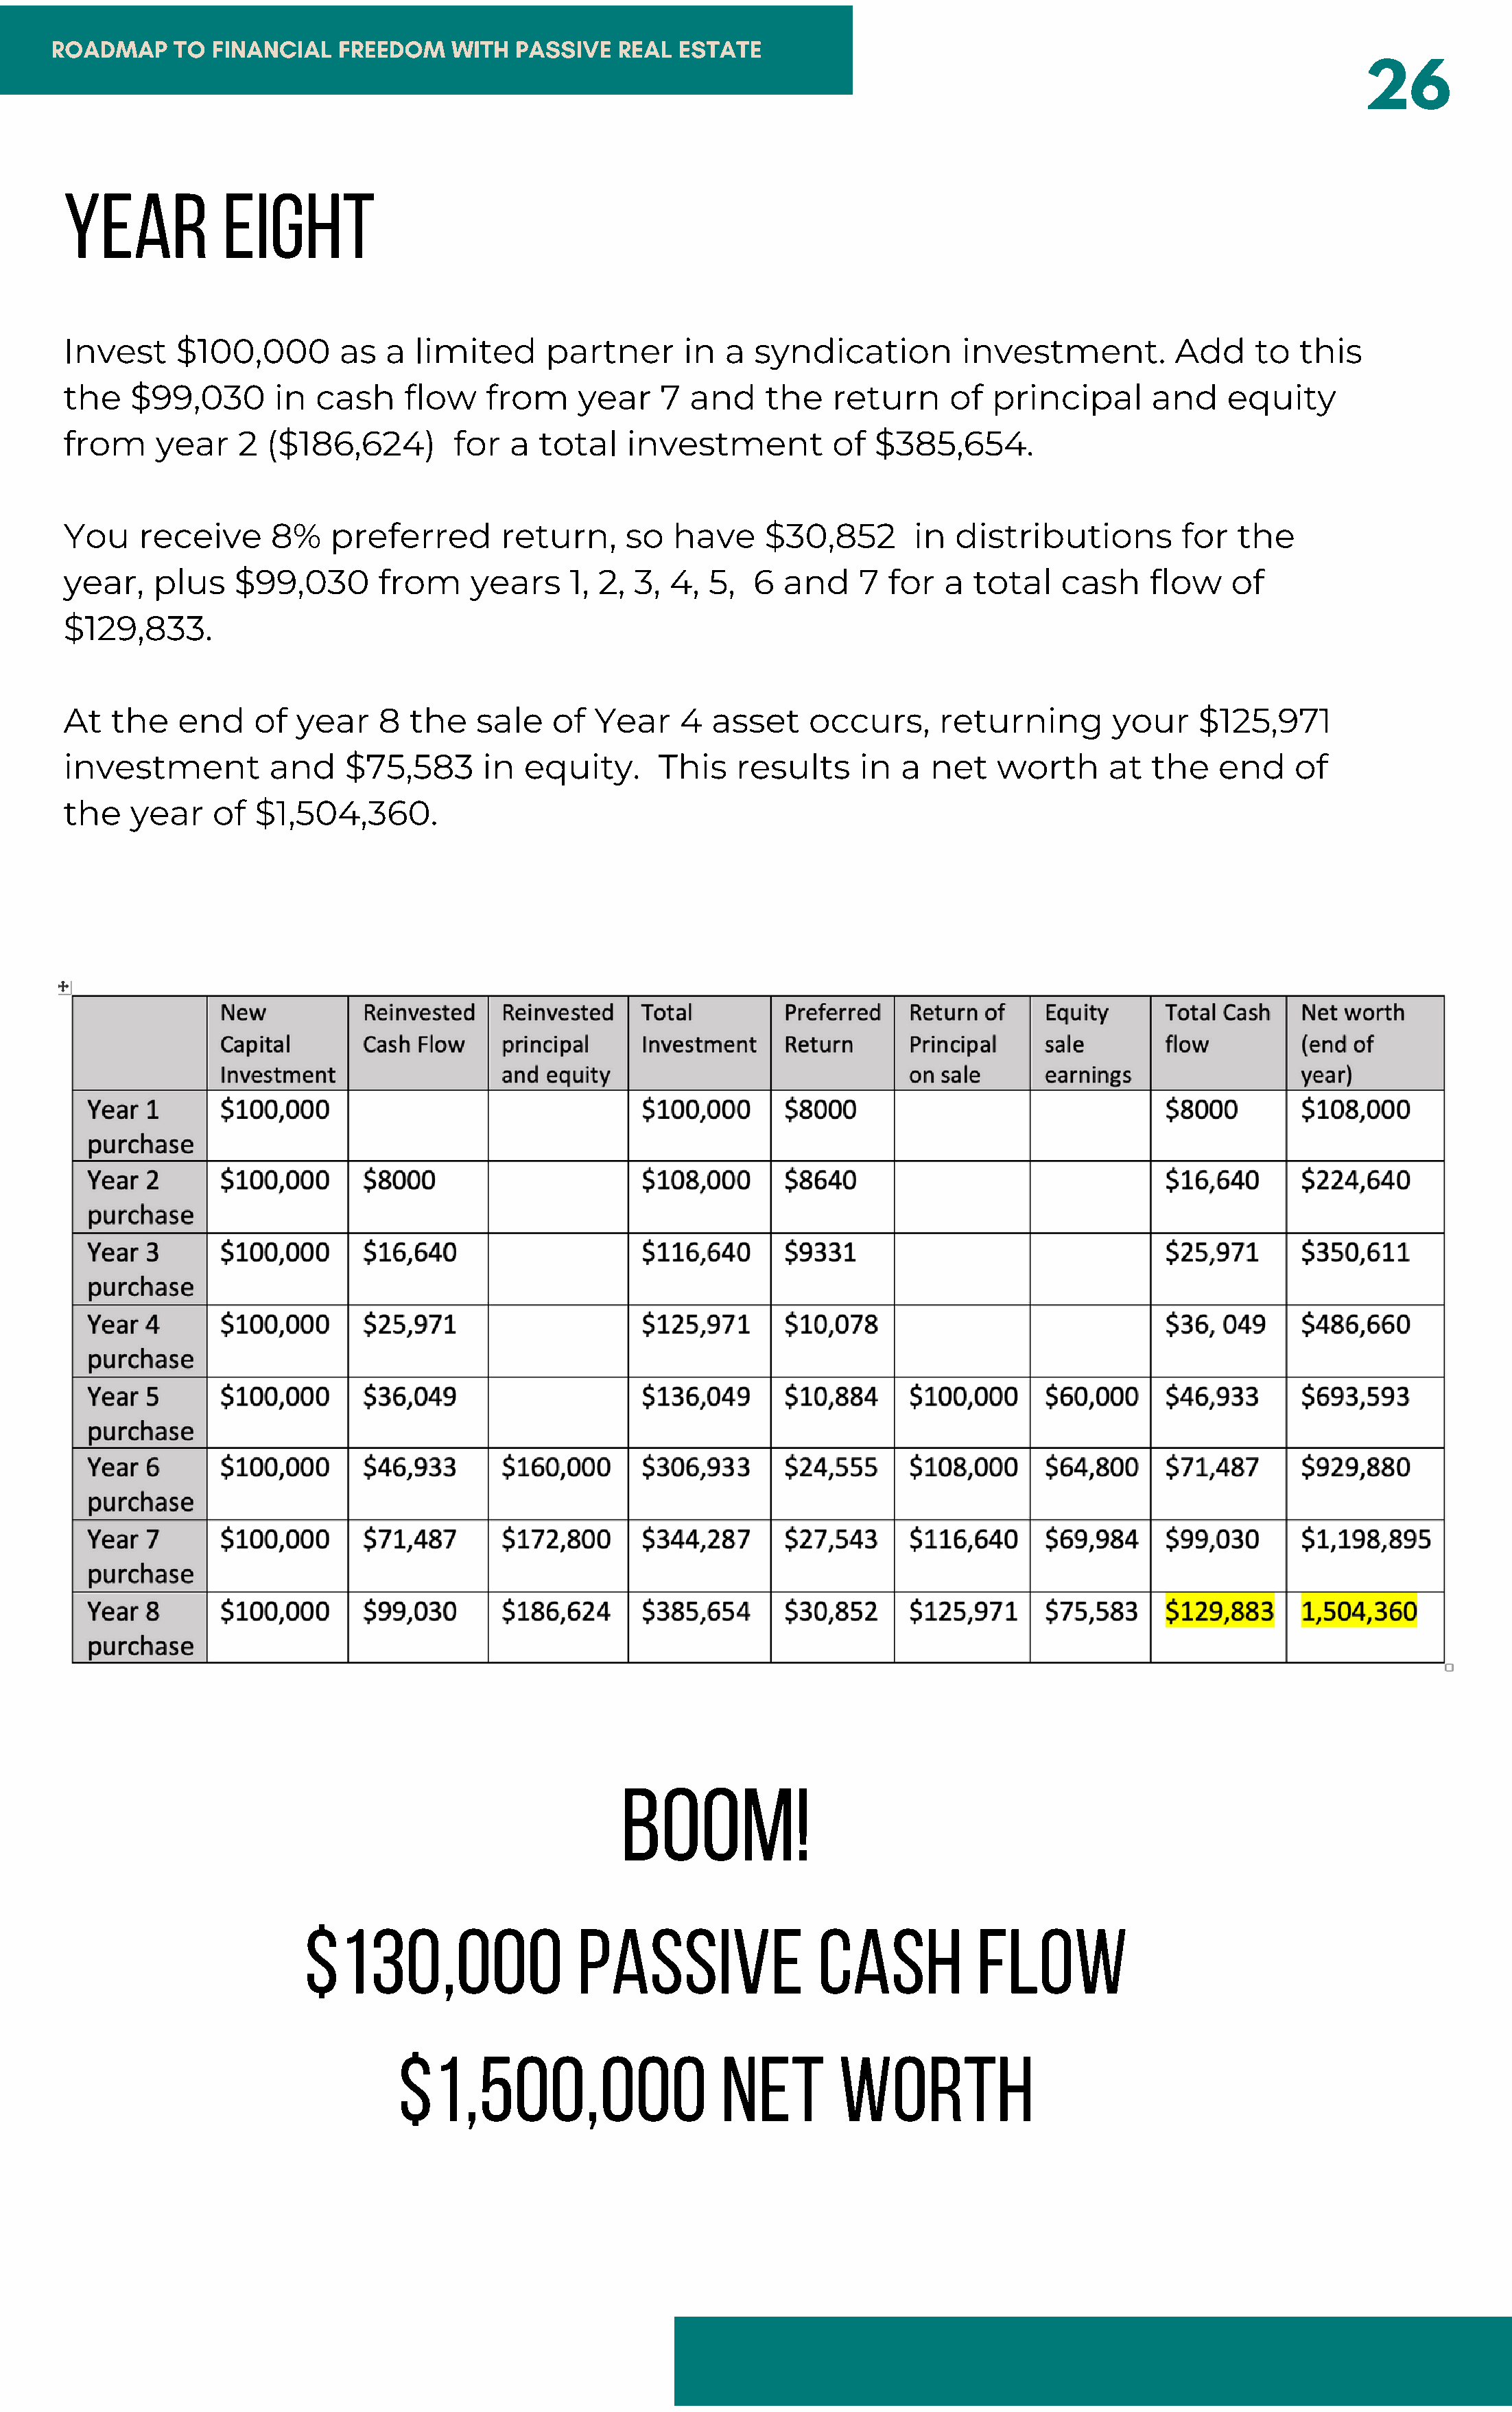
ROADMAP     TO FINANCIAL    FREEDOM    WITH  PASSIVE   REAL ESTATE
 26
 year           eight
 Invest     $100,000        as  a  limited      partner      in  a  syndication         investment.         Add     to  this
 the    $99,030      in  cash     flow    from     year    7  and    the   return      of  principal      and    equity
 from     year    2  ($186,624)        for  a  total   investment          of  $385,654.
 You    receive      8%    preferred       return,     so   have     $30,852       in  distributions         for  the
 year,    plus    $99,030      from     years     1, 2, 3,  4, 5,   6  and    7  for  a  total   cash     flow    of
 $129,833.
 At   the   end     of  year    8 the    sale   of  Year     4  asset    occurs,      returning       your     $125,971
 investment          and    $75,583       in  equity.     This    results     in  a  net   worth      at  the    end    of
 the    year    of  $1,504,360.
 Boom!
 $130,000                   passive                cash           flow
 $1,500,000                      net        worth